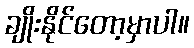
ချိုးနိုင်တော့မှာပါ။